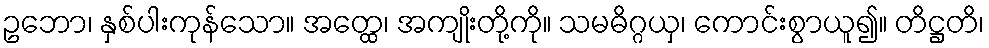
ဥဘော၊ နှစ်ပါးကုန်သော။ အတ္ထေ၊ အကျိုးတို့ကို။ သမဓိဂ္ဂယှ၊ ကောင်းစွာယူ၍။ တိဋ္ဌတိ၊